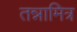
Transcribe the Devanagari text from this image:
तन्नामित्र